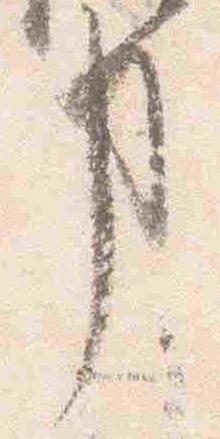
事